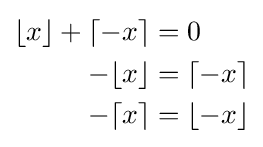
{\begin{aligned}\lfloor x\rfloor +\lceil -x\rceil &=0\\-\lfloor x\rfloor &=\lceil -x\rceil \\-\lceil x\rceil &=\lfloor -x\rfloor \end{aligned}}